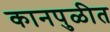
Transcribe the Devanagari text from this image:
कानपुळीत